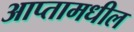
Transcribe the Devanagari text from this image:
आप्तामधील